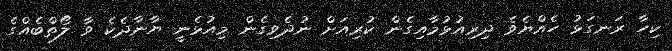
ކިހާ ރަނގަޅު ހެއްޔެވެ ދިރިއުޅުމާއިގެން ކުރިއަށް ނުދެވިގެން މިއުޅެނީ ޔާނާދެކެ ވާ ލޯތްބެއްގެ